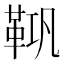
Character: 𮧘